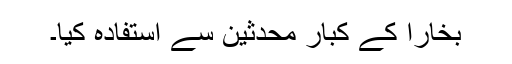
بخارا کے کبار محدثین سے استفادہ کیا۔